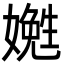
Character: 嬎